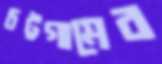
চট্টগামের